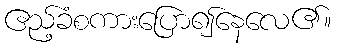
ဧည့်ခံစကားပြော၍နေလေ၏။